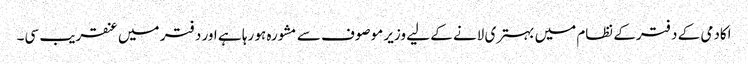
اکادمی کے دفترکے نظام میں بہتری لانے کے لیے وزیر موصوف سے مشورہ ہو رہا ہے اور دفتر میں عنقریب سی۔